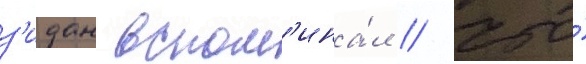
з'идан вспом'ина́л / что́